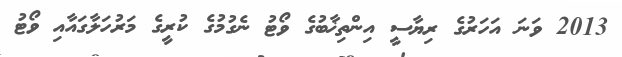
2013 ވަނަ އަހަރުގެ ރިޔާސީ އިންތިޚާބުގެ ވޯޓު ނެގުމުގެ ކުރީގެ މަރުހަލާގައާއި ވޯޓު